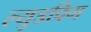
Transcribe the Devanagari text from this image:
ल्युडविग